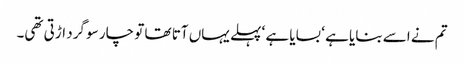
تم نے اسے بنایا ہے ‘ بسایا ہے ‘ پہلے یہاں آتا تھا تو چار سو گرد اڑتی تھی۔